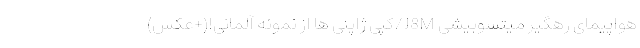
هواپیمای رهگیر میتسوبیشی J8M/کپی ژاپنی ها از نمونه آلمانی!(+عکس)